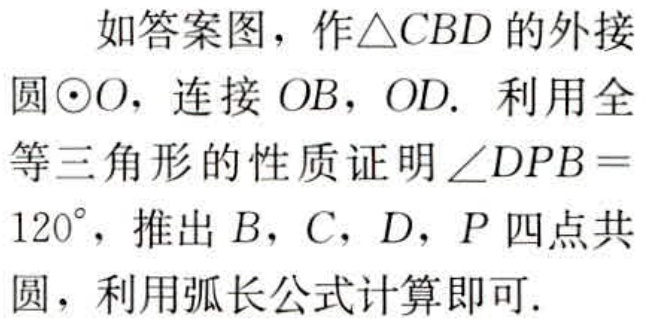
如答案图，作\(\triangle CBD\)的外接圆\(\odot O\)，连接 \(OB\)，\(OD\). 利用全等三角形的性质证明\(\angle DPB = 120^{\circ}\)，推出 \(B\)，\(C\)，\(D\)，\(P\) 四点共圆，利用弧长公式计算即可.